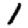
Digit: 1